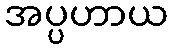
အပ္ပဟာယ